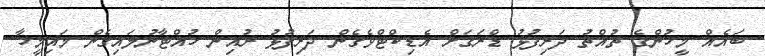
ބައެއް މީހުންގެ ތުއްތު ދަރިފުޅު ޑްރަގަށް އެޑިކްޓްވެގެން ދަރިފުޅު ރުއިން ހުއްޓާނުލައިގެން މައިމީހާ